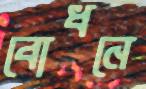
বোধনে